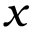
x